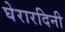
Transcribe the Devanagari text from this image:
घेरारदिनी